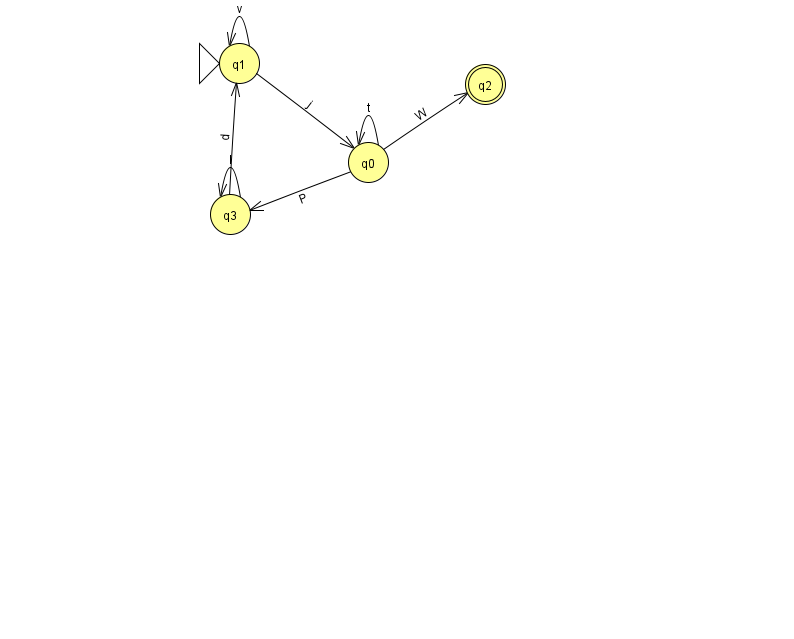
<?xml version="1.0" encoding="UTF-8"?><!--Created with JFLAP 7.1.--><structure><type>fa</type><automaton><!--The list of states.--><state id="0" name="q0"><x>368.0</x><y>149.0</y></state><state id="1" name="q1"><x>239.0</x><y>50.0</y><initial/></state><state id="2" name="q2"><x>485.0</x><y>71.0</y><final/></state><state id="3" name="q3"><x>230.0</x><y>201.0</y></state><!--The list of transitions.--><transition><from>0</from><to>3</to><read>P</read></transition><transition><from>1</from><to>0</to><read>j</read></transition><transition><from>0</from><to>0</to><read>t</read></transition><transition><from>1</from><to>1</to><read>v</read></transition><transition><from>0</from><to>2</to><read>W</read></transition><transition><from>3</from><to>3</to><read>l</read></transition><transition><from>3</from><to>1</to><read>d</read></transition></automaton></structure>